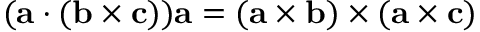
( \mathbf { a } \cdot ( \mathbf { b } \times \mathbf { c } ) ) \mathbf { a } = ( \mathbf { a } \times \mathbf { b } ) \times ( \mathbf { a } \times \mathbf { c } )